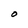
Character: O